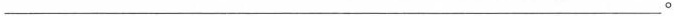
___。